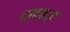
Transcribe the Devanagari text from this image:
शरदऋतूत